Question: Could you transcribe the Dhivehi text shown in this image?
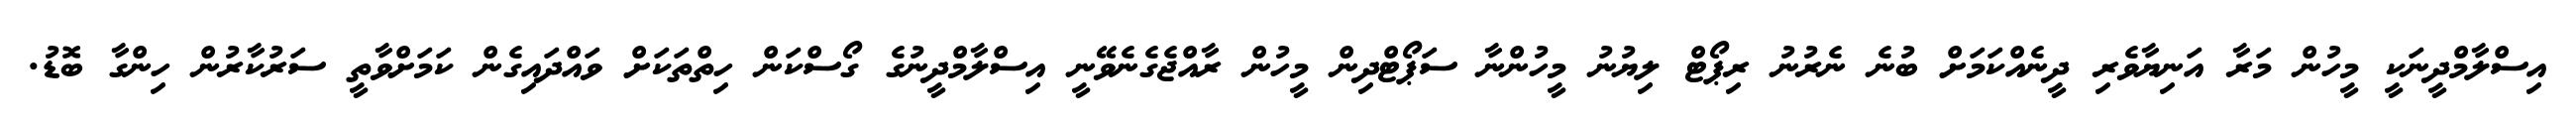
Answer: އިސްލާމްދީނަކީ މީހުން މަރާ އަނިޔާވެރި ދީނެއްކަމަށް ބުނެ ނެރުނު ރިޕޯޓް ލިޔުނު މީހުންނާ ސަޕޯޓްދިން މީހުން ރާއްޖެގެނެވޭނީ އިސްލާމްދީނުގެ ގޯސްކަން ހިތްތަކަށް ވައްދައިގެން ކަމަށްވާތީ ސަރުކާރުން ހިންގާ ބޮޑު.